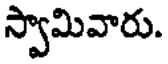
స్వామివారు.